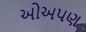
ઓઅપણ